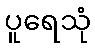
ပူရေသုံ